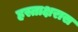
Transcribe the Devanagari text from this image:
हस्ताक्षरास